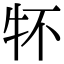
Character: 𤘢